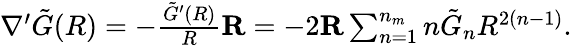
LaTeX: \begin{array}{r}{\nabla^{\prime}\tilde{G}(R)=-\frac{\tilde{G}^{\prime}(R)}{R}\mathbf{R}=-2\mathbf{R}\sum_{n=1}^{n_{m}}n\tilde{G}_{n}R^{2(n-1)}.}\end{array}